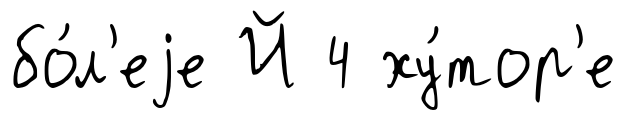
бо́л'еjе Й 4 ху́тор'е